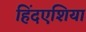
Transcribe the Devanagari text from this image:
हिंदएशिया